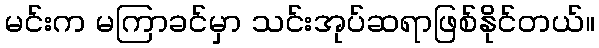
မင်းက မကြာခင်မှာ သင်းအုပ်ဆရာဖြစ်နိုင်တယ်။